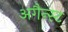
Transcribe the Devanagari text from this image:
अगैन्स्ट